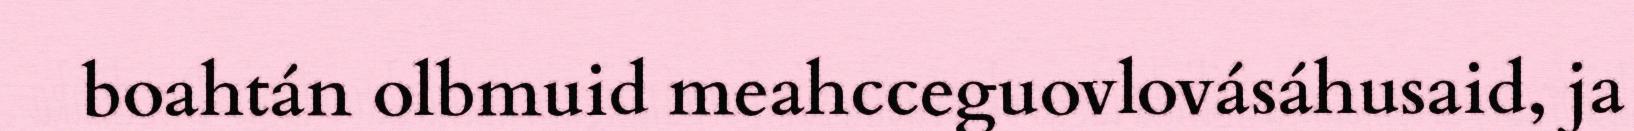
boahtán olbmuid meahcceguovlovásáhusaid, ja